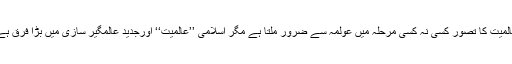
عالمیت کا تصور کسی نہ کسی مرحلہ میں عولمہ سے ضرور ملتا ہے مگر اسلامی ’’عالمیت‘‘ اورجدید عالمگیر سازی میں بڑا فرق ہے۔